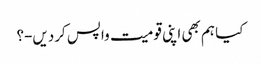
کیا ہم بھی اپنی قومیت واپس کردیں-؟